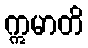
ဣမာတိ